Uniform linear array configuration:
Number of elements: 12
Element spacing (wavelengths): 0.5
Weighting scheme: blackman
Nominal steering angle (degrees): -30
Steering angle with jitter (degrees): -29.057
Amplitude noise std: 0.05
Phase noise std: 0.05

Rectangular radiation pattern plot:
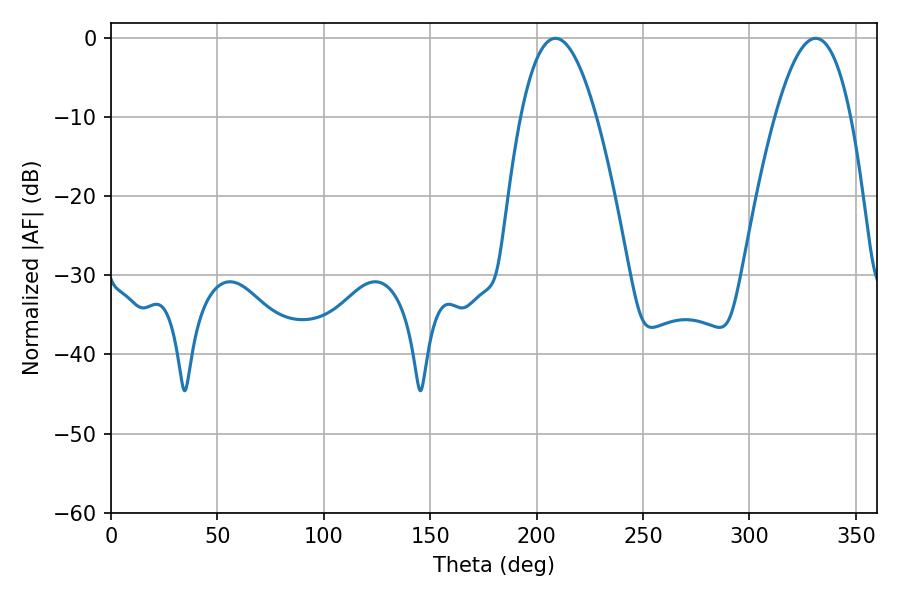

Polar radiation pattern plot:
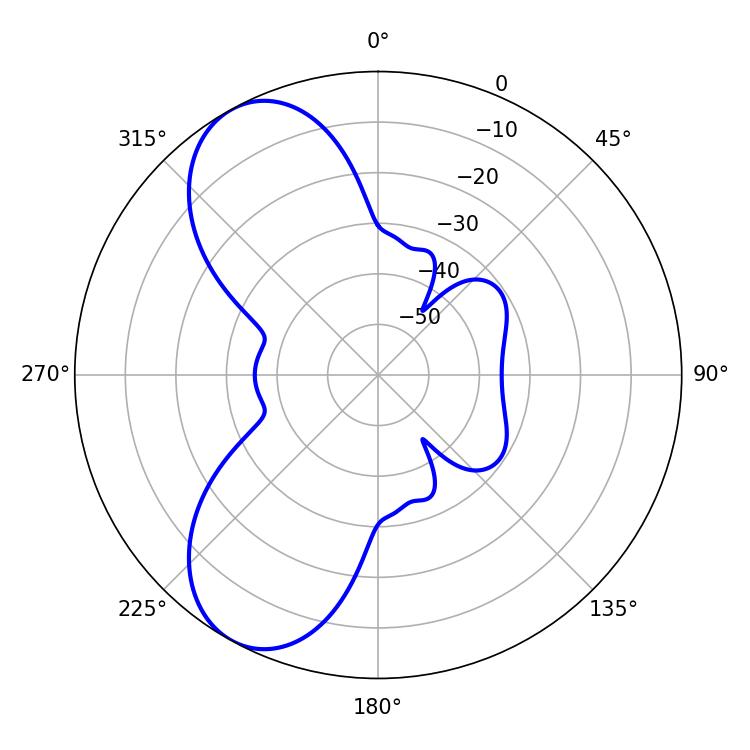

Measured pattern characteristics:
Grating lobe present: FALSE
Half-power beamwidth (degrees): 19.44
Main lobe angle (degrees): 208.8